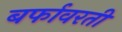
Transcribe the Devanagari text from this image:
बर्फावरती